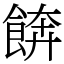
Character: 餴